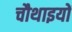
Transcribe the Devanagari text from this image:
चौथाइयों